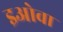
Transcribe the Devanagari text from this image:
इओवा